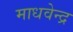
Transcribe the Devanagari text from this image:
माधवेन्द्र